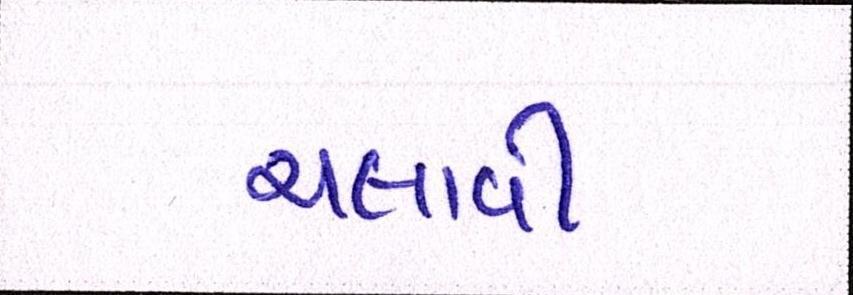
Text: ચલાવી